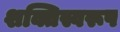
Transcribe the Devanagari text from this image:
शक्तिस्वरूप